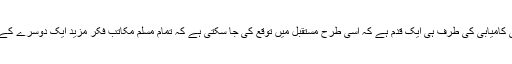
مگر یہ اسلام کی کامیابی کی طرف ہی ایک قدم ہے کہ اسی طرح مستقبل میں توقع کی جا سکتی ہے کہ تمام مسلم مکاتب فکر مزید ایک دوسرے کے قریب آئیں گے۔